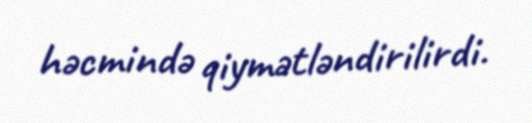
həcmində qiymətləndirilirdi.